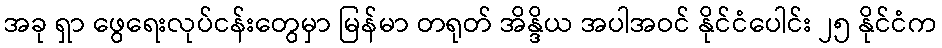
အခု ရှာ ဖွေရေးလုပ်ငန်းတွေမှာ မြန်မာ တရုတ် အိန္ဒိယ အပါအဝင် နိုင်ငံပေါင်း ၂၅ နိုင်ငံက